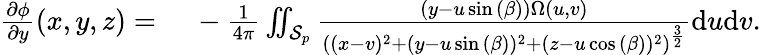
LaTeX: \begin{array}{rl}{\frac{\partial\phi}{\partial y}(x,y,z)={}}&{{}-\frac{1}{4\pi}\iint_{\mathcal{S}_{p}}\frac{(y-u\sin{(\beta)})\Omega(u,v)}{\left((x-v)^{2}+(y-u\sin{(\beta)})^{2}+(z-u\cos{(\beta)})^{2}\right)^{\frac{3}{2}}}\mathrm{d}u\mathrm{d}v.}\end{array}